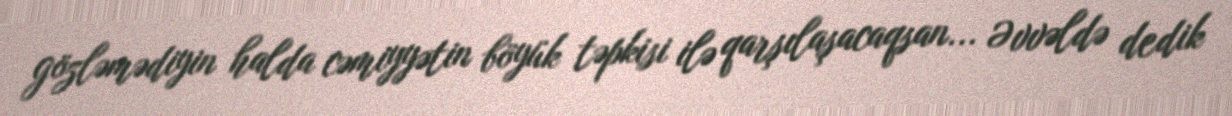
gözləmədiyin halda cəmiyyətin böyük təpkisi ilə qarşılaşacaqsan... Əvvəldə dedik